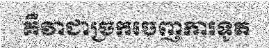
គឺវាជាច្រកចេញការទូត